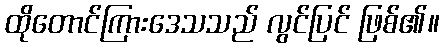
ထိုတောင်ကြားဒေသသည် လွင်ပြင် ဖြစ်၏။